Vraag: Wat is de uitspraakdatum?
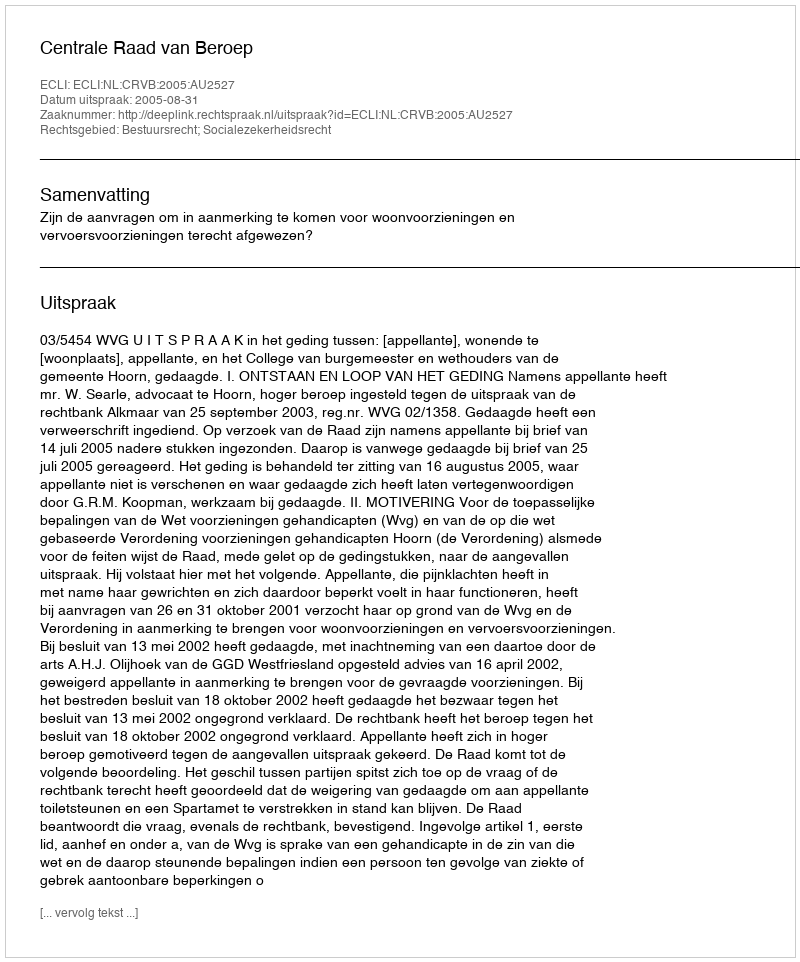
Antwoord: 2005-08-31